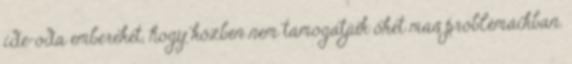
ide-oda embereket, hogy közben nem támogatjuk őket más problémáikban.